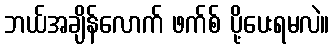
ဘယ်အချိန်လောက် ဖက်စ် ပို့ပေးရမလဲ။